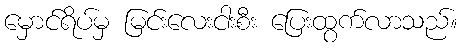
မှောင်ရိပ်မှ မြင်းလေးငါးစီး ပြေးထွက်လာသည်။